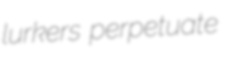
lurkers perpetuate